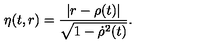
\eta ( t , r ) = \frac { | r - \rho ( t ) | } { \sqrt { 1 - { \dot { \rho } } ^ { 2 } ( t ) } } .